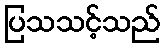
ပြသသင့်သည်